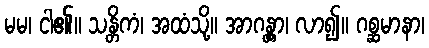
မမ၊ ငါ၏။ သန္တိကံ၊ အထံသို့။ အာဂန္တွာ၊ လာ၍။ ဂစ္ဆမာနာ၊